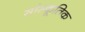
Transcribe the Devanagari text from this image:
सांस्कूतिक